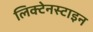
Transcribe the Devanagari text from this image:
लिक्टेनस्टाइन